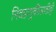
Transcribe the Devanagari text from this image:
निवडणुकीसाठीही